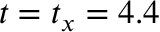
t = t _ { x } = 4 . 4